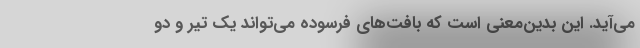
می‌آید. این بدین‌معنی است که بافت‌های فرسوده می‌تواند یک تیر و دو